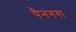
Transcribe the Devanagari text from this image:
पैनंगगा